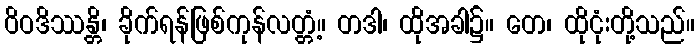
ဝိဝဒိဿန္တိ၊ ခိုက်ရန်ဖြစ်ကုန်လတ္တံ့။ တဒါ၊ ထိုအခါ၌။ တေ၊ ထိုငုံးတို့သည်။